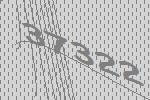
37322